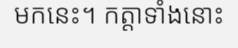
មកនេះ។ កត្តាទាំងនោះ